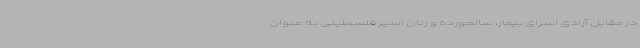
در مقابل آزادی اسرای بیمار، سالخورده و زنان اسیر فلسطینی به عنوان